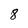
Character: 8